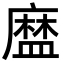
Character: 𥂓